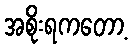
အစိုးရကတော့